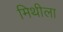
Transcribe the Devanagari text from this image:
मिथीला